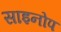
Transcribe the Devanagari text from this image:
साइनोप